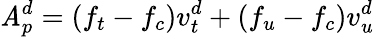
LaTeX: \mathit{A}_{p}^{d}=(f_{t}-f_{c})v_{t}^{d}+(f_{u}-f_{c})v_{u}^{d}